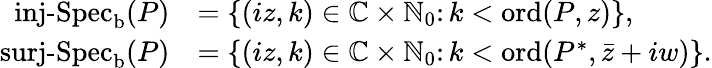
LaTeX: \begin{array}{rl}{\operatorname{inj-Spec}_{\mathrm{b}}(P)}&{=\{ (iz,k)\in\mathbb{C}\times\mathbb{N}_{0}\colon k<\operatorname{ord}(P,z)\} ,}\\ {\operatorname{surj-Spec}_{\mathrm{b}}(P)}&{=\{ (iz,k)\in\mathbb{C}\times\mathbb{N}_{0}\colon k<\operatorname{ord}(P^{*},\bar{z}+iw)\} .}\end{array}